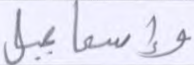
وإسماعيل